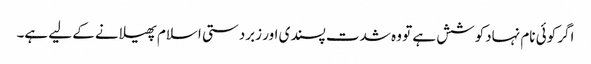
اگر کوئی نام نہادکوشش ہے تو وہ شدت پسندی اور زبردستی اسلام پھیلانے کے لیے ہے۔